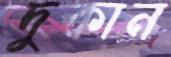
দুকান